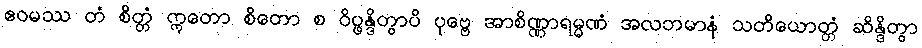
ဧဝမဿ တံ စိတ္တံ ဣတော စိတော စ ဝိပ္ဖန္ဒိတွာပိ ပုဗ္ဗေ အာစိဏ္ဏာရမ္မဏံ အလဘမာနံ သတိယောတ္တံ ဆိန္ဒိတွာ